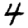
Digit: 4